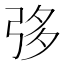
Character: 𢏜